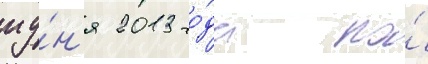
иу́н'я 2013 го́да по́